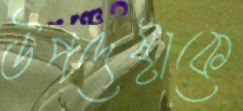
উপদেষ্টাকে